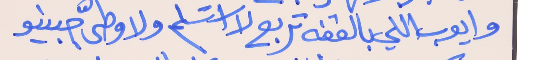
وايوب اللي بالقفه تربع     لا استسلم ولا وطّى جبينو